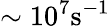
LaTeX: \sim 10^{7}\mathrm{s^{-1}}